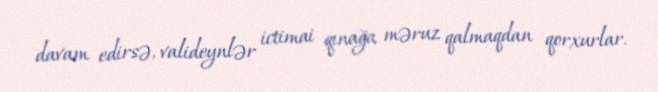
davam edirsə, valideynlər ictimai qınağa məruz qalmaqdan qorxurlar.